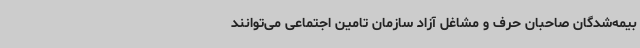
بیمه‌شدگان صاحبان حرف و مشاغل آزاد سازمان تامین اجتماعی می‌توانند